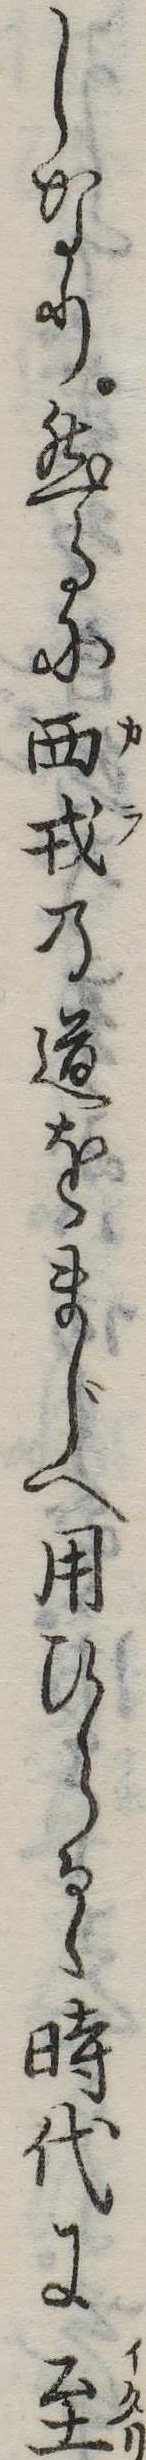
しなり然るに西戎の道をまじへ用ひらるゝ時代に至